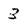
Character: 3